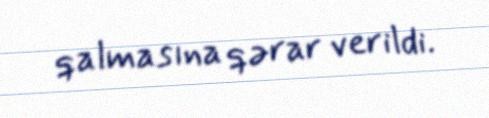
qalmasına qərar verildi.